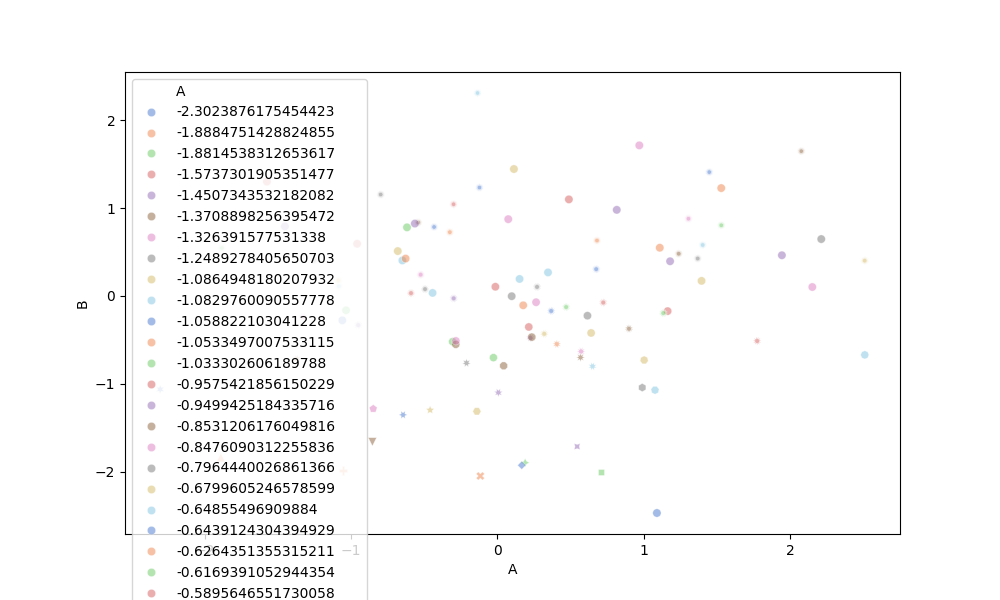
python, seaborn, scatterplot, hue='A', style='B', size='None', palette='muted', alpha=0.5